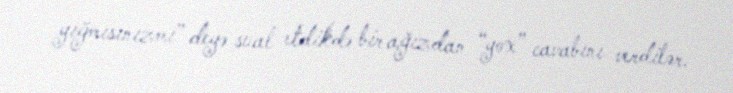
yığmısınızmı” deyə sual etdikdə bir ağızdan “yox” cavabını verdilər.